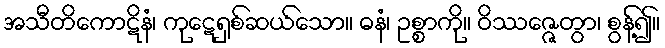
အသီတိကောဋိနံ၊ ကုဋေရှစ်ဆယ်သော။ ဓနံ၊ ဥစ္စာကို။ ဝိဿဇ္ဇေတွာ၊ စွန့်၍။